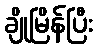
ချိုမြိန်ပြီး